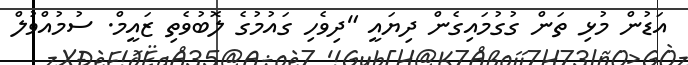
އަޑުން މުޅި ތަން ގުގުމައިގެން ދިޔައީ "ދިވެހި ގައުމުގެ ލޮބުވެތި ޒައީމް. ސުމުއްވުލް